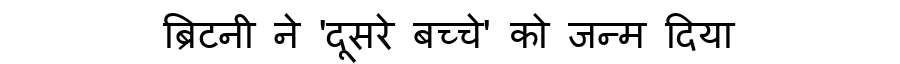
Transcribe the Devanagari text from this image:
ब्रिटनी ने 'दूसरे बच्चे' को जन्म दिया